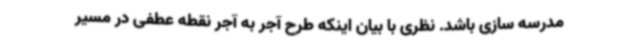
مدرسه سازی باشد. نظری با بیان اینکه طرح آجر به آجر نقطه عطفی در مسیر